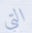
التي